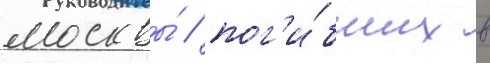
москвы́ / пог'и́бших в